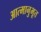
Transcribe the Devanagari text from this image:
आत्मानुभूत